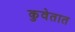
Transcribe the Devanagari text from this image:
कुवेतात